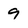
Character: 9